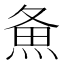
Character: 𰞲